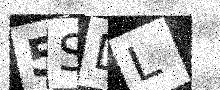
Text: 5SDL